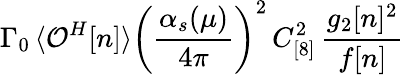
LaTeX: \Gamma_{0}\, \langle{\cal O}^{H}[n]\rangle\left(\frac{\alpha_{s}(\mu)}{4\pi}\right)^{2}\, C_{[8]}^{2}\, \frac{g_{2}[n]^{2}}{f[n]}